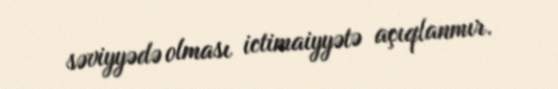
səviyyədə olması ictimaiyyətə açıqlanmır.